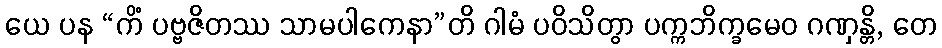
ယေ ပန “ကိံ ပဗ္ဗဇိတဿ သာမပါကေနာ”တိ ဂါမံ ပဝိသိတွာ ပက္ကဘိက္ခမေဝ ဂဏှန္တိ, တေ